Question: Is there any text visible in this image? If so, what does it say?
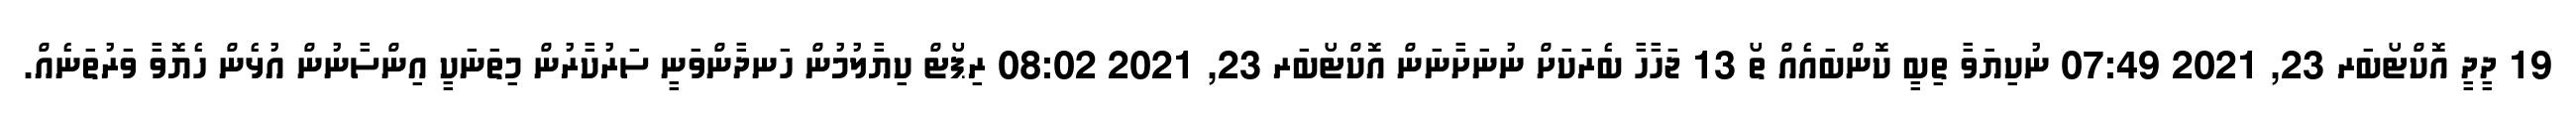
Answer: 19 ދީދީ އޮކްޓޯބަރ 23, 2021 07:49 ނުކިޔަވާ ތިބީ ކޮންބައެއް ތޯ 13 ޖަހާހާ ބެރަކަށް ނުނަށާނަން އޮކްޓޯބަރ 23, 2021 08:02 ރިޕޯޓް ކިޔާލުމުން ހަނދާންވަނީ ސަރުކާރުން މިތަނަކީ އިންސާނުން އުޅެން ހެޔޮވާ ވަރުތަނެއް.